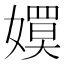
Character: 𡢊